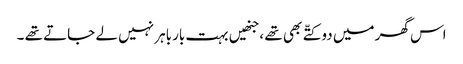
اس گھر میں دو کتّے بھی تھے ،جنھیں بہت بارباہر نہیں لے جاتے تھے ۔